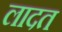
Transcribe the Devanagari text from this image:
लादत